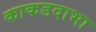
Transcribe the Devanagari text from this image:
काकडदाभा